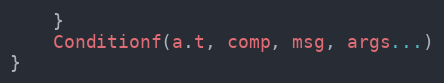
Language: Go
	}
	Conditionf(a.t, comp, msg, args...)
}